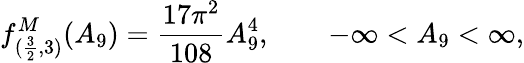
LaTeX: f_{(\frac{3}{2},3)}^{M}(A_{9})=\frac{17\pi^{2}}{108}A_{9}^{4},\qquad-\infty<A_{9}<\infty,